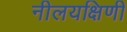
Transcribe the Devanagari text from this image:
नीलयक्षिणी